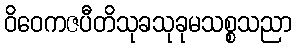
ဝိဝေကဇပီတိသုခသုခုမသစ္စသညာ